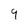
Character: 9